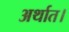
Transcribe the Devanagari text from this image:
अर्थात।